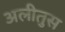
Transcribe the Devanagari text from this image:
अलीतुस